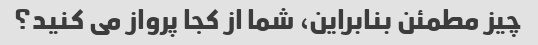
چیز مطمئن بنابراین، شما از کجا پرواز می کنید؟